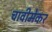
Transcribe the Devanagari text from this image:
चावीमेकर